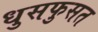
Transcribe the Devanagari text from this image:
धुसफुसत